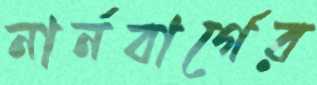
নার্নবার্গের